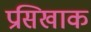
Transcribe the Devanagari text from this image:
प्रसिखाक